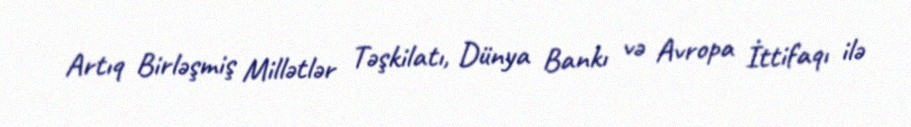
Artıq Birləşmiş Millətlər Təşkilatı, Dünya Bankı və Avropa İttifaqı ilə